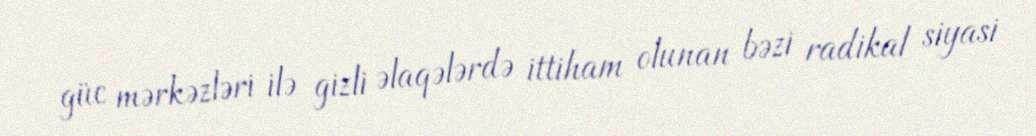
güc mərkəzləri ilə gizli əlaqələrdə ittiham olunan bəzi radikal siyasi